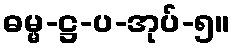
ဓမ္မ-ဋ္ဌ-ပ-အုပ်-၅။